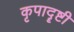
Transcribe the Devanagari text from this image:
कृपादॄष्टी